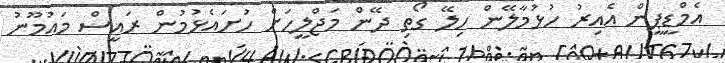
އެމްޑީޕީން އެއިރު ހުޅުމާލޭން ހިލޭ ގޯތި ދޭން މަޖްލީހަށް ހުށައެޅުމުން ރައީސް މައުމޫނު